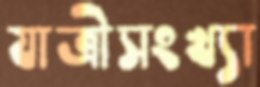
যাত্রীসংখ্যা